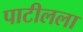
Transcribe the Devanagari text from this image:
पाटीलला